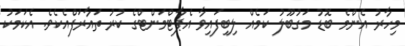
މިހާރު އެންމެ ބޮޑު މަގުބޫލު ކަމެއް ލިބިފައިވާ އެޕާޓްމަންޓްގެ ކުރު ތައާރަފްއެކެވެ. އެކަމަކު